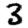
Digit: 3